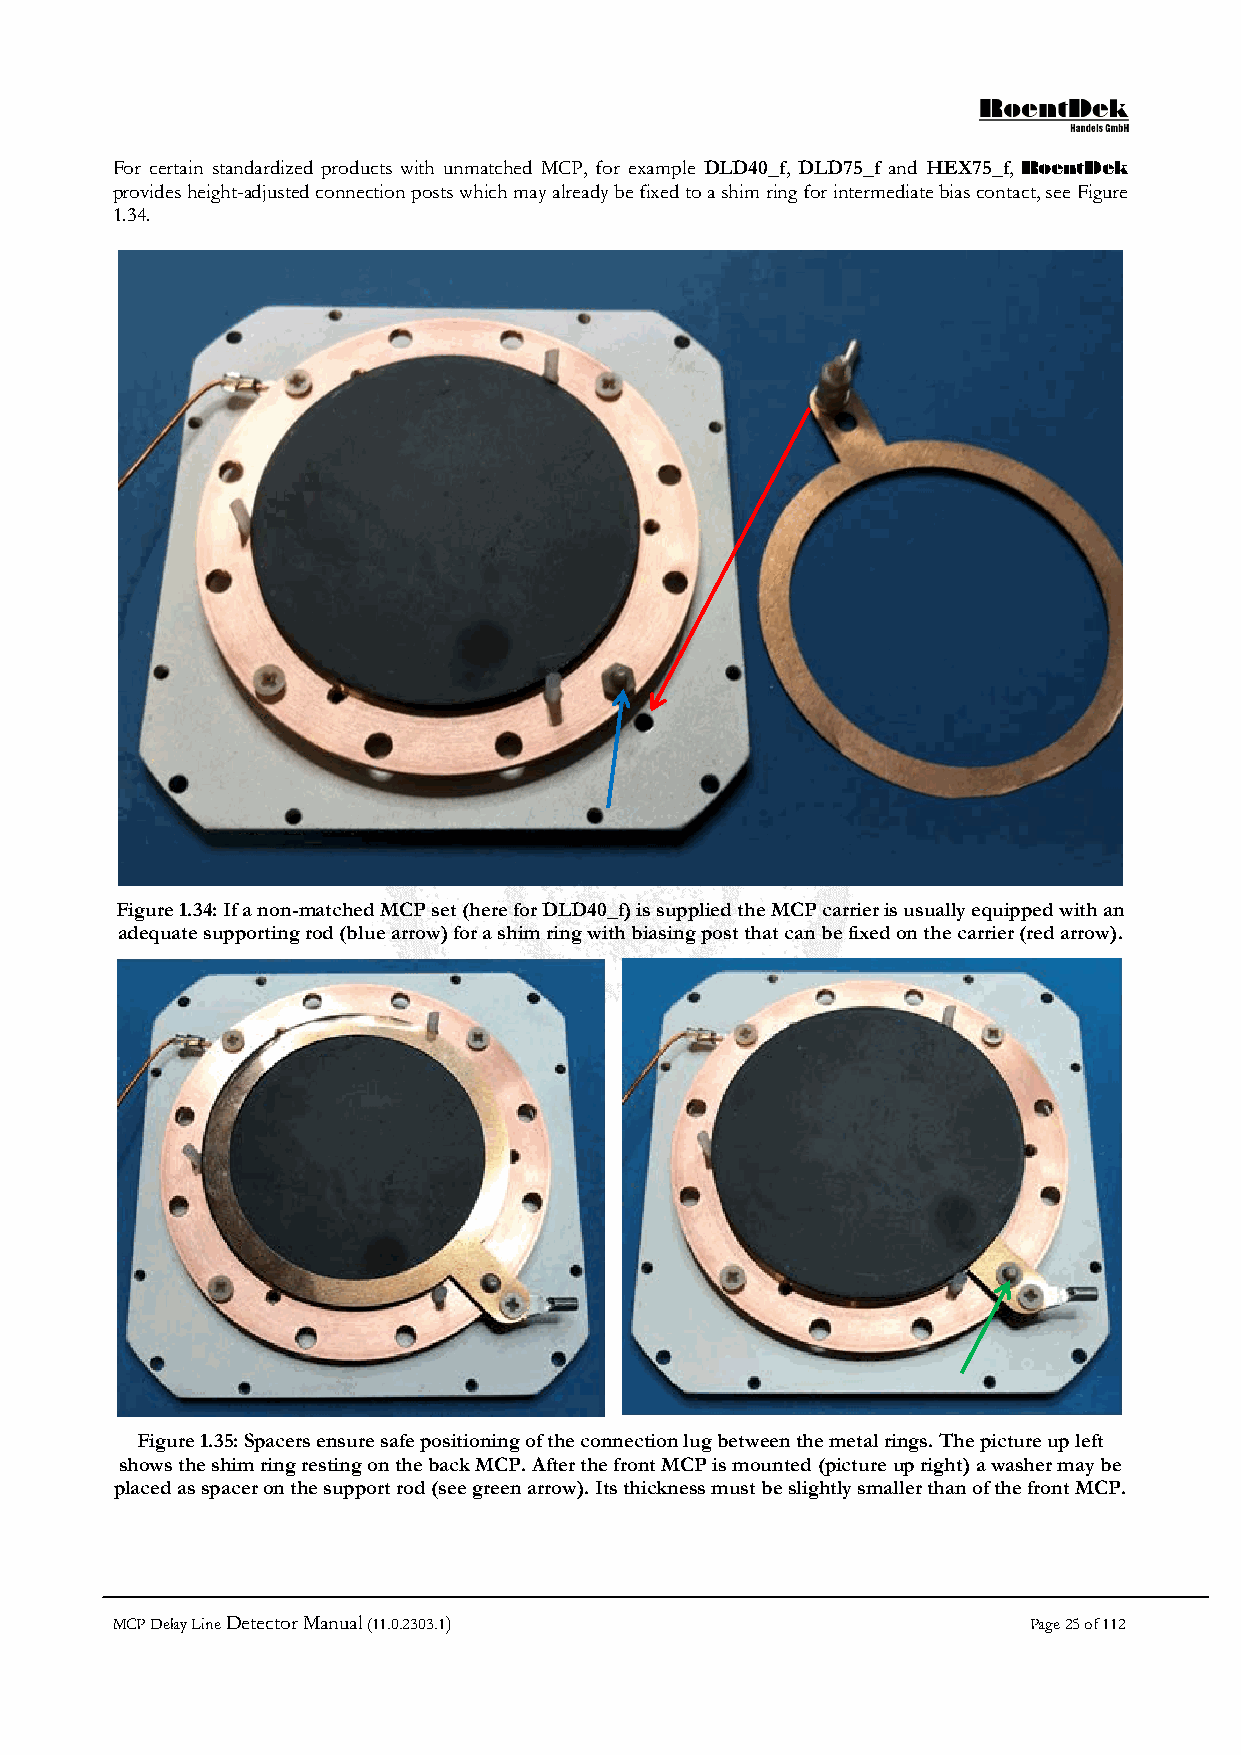
For certain standardized products with unmatched MCP, for example DLD40_f, DLD75_f and HEX75_f, RoentDek
 provides height-adjusted connection posts which may already be fixed to a shim ring for intermediate bias contact, see Figure
 1.34.
 Figure 1.34: If a non-matched MCP set (here for DLD40_f) is supplied the MCP carrier is usually equipped with an
 adequate supporting rod (blue arrow) for a shim ring with biasing post that can be fixed on the carrier (red arrow).
 Figure 1.35: Spacers ensure safe positioning of the connection lug between the metal rings. The picture up left
 shows the shim ring resting on the back MCP. After the front MCP is mounted (picture up right) a washer may be
 placed as spacer on the support rod (see green arrow). Its thickness must be slightly smaller than of the front MCP.
 MCP Delay Line Detector Manual (11.0.2303.1)                 Page 25 of 112